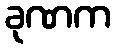
ခုဏက